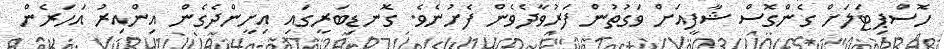
ހޮސްޕިޓަލަށް ގެންގޮސް ޝާފީއަށް ވަގުތުން ފަރުވާދެވެން ފެށުނެވެ. ގޮނޑިބަރީގައި އިށީންދެގެން އިންއިރު އަހަރެން